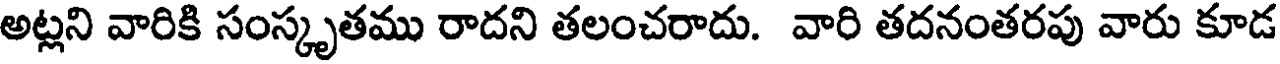
అట్లని వారికి సంస్కృతము రాదని తలంచరాదు. వారి తదనంతరపు వారు కూడ